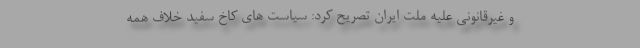
و غیرقانونی علیه ملت ایران تصریح کرد: سیاست های کاخ سفید خلاف همه